Document type: Emphyteutic lease
Year: 1283
Scribe: Pere Marquès
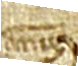
annum